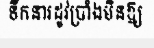
ទឹកនារដូវប្រាំងមិនឱ្យ